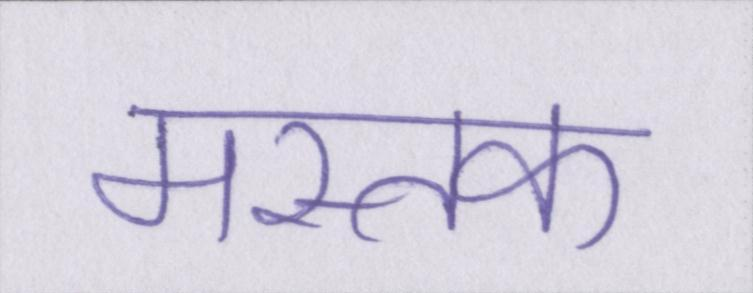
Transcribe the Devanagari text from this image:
मस्तक